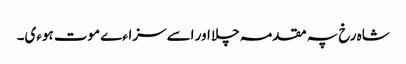
شاہ رخ پہ مقدمہ چلا اور اسے سزاءے موت ہوءی۔